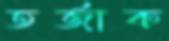
তর্জাক